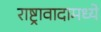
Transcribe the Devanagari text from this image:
राष्ट्रावादामध्ये